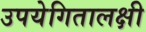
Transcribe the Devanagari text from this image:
उपयेगितालक्षी